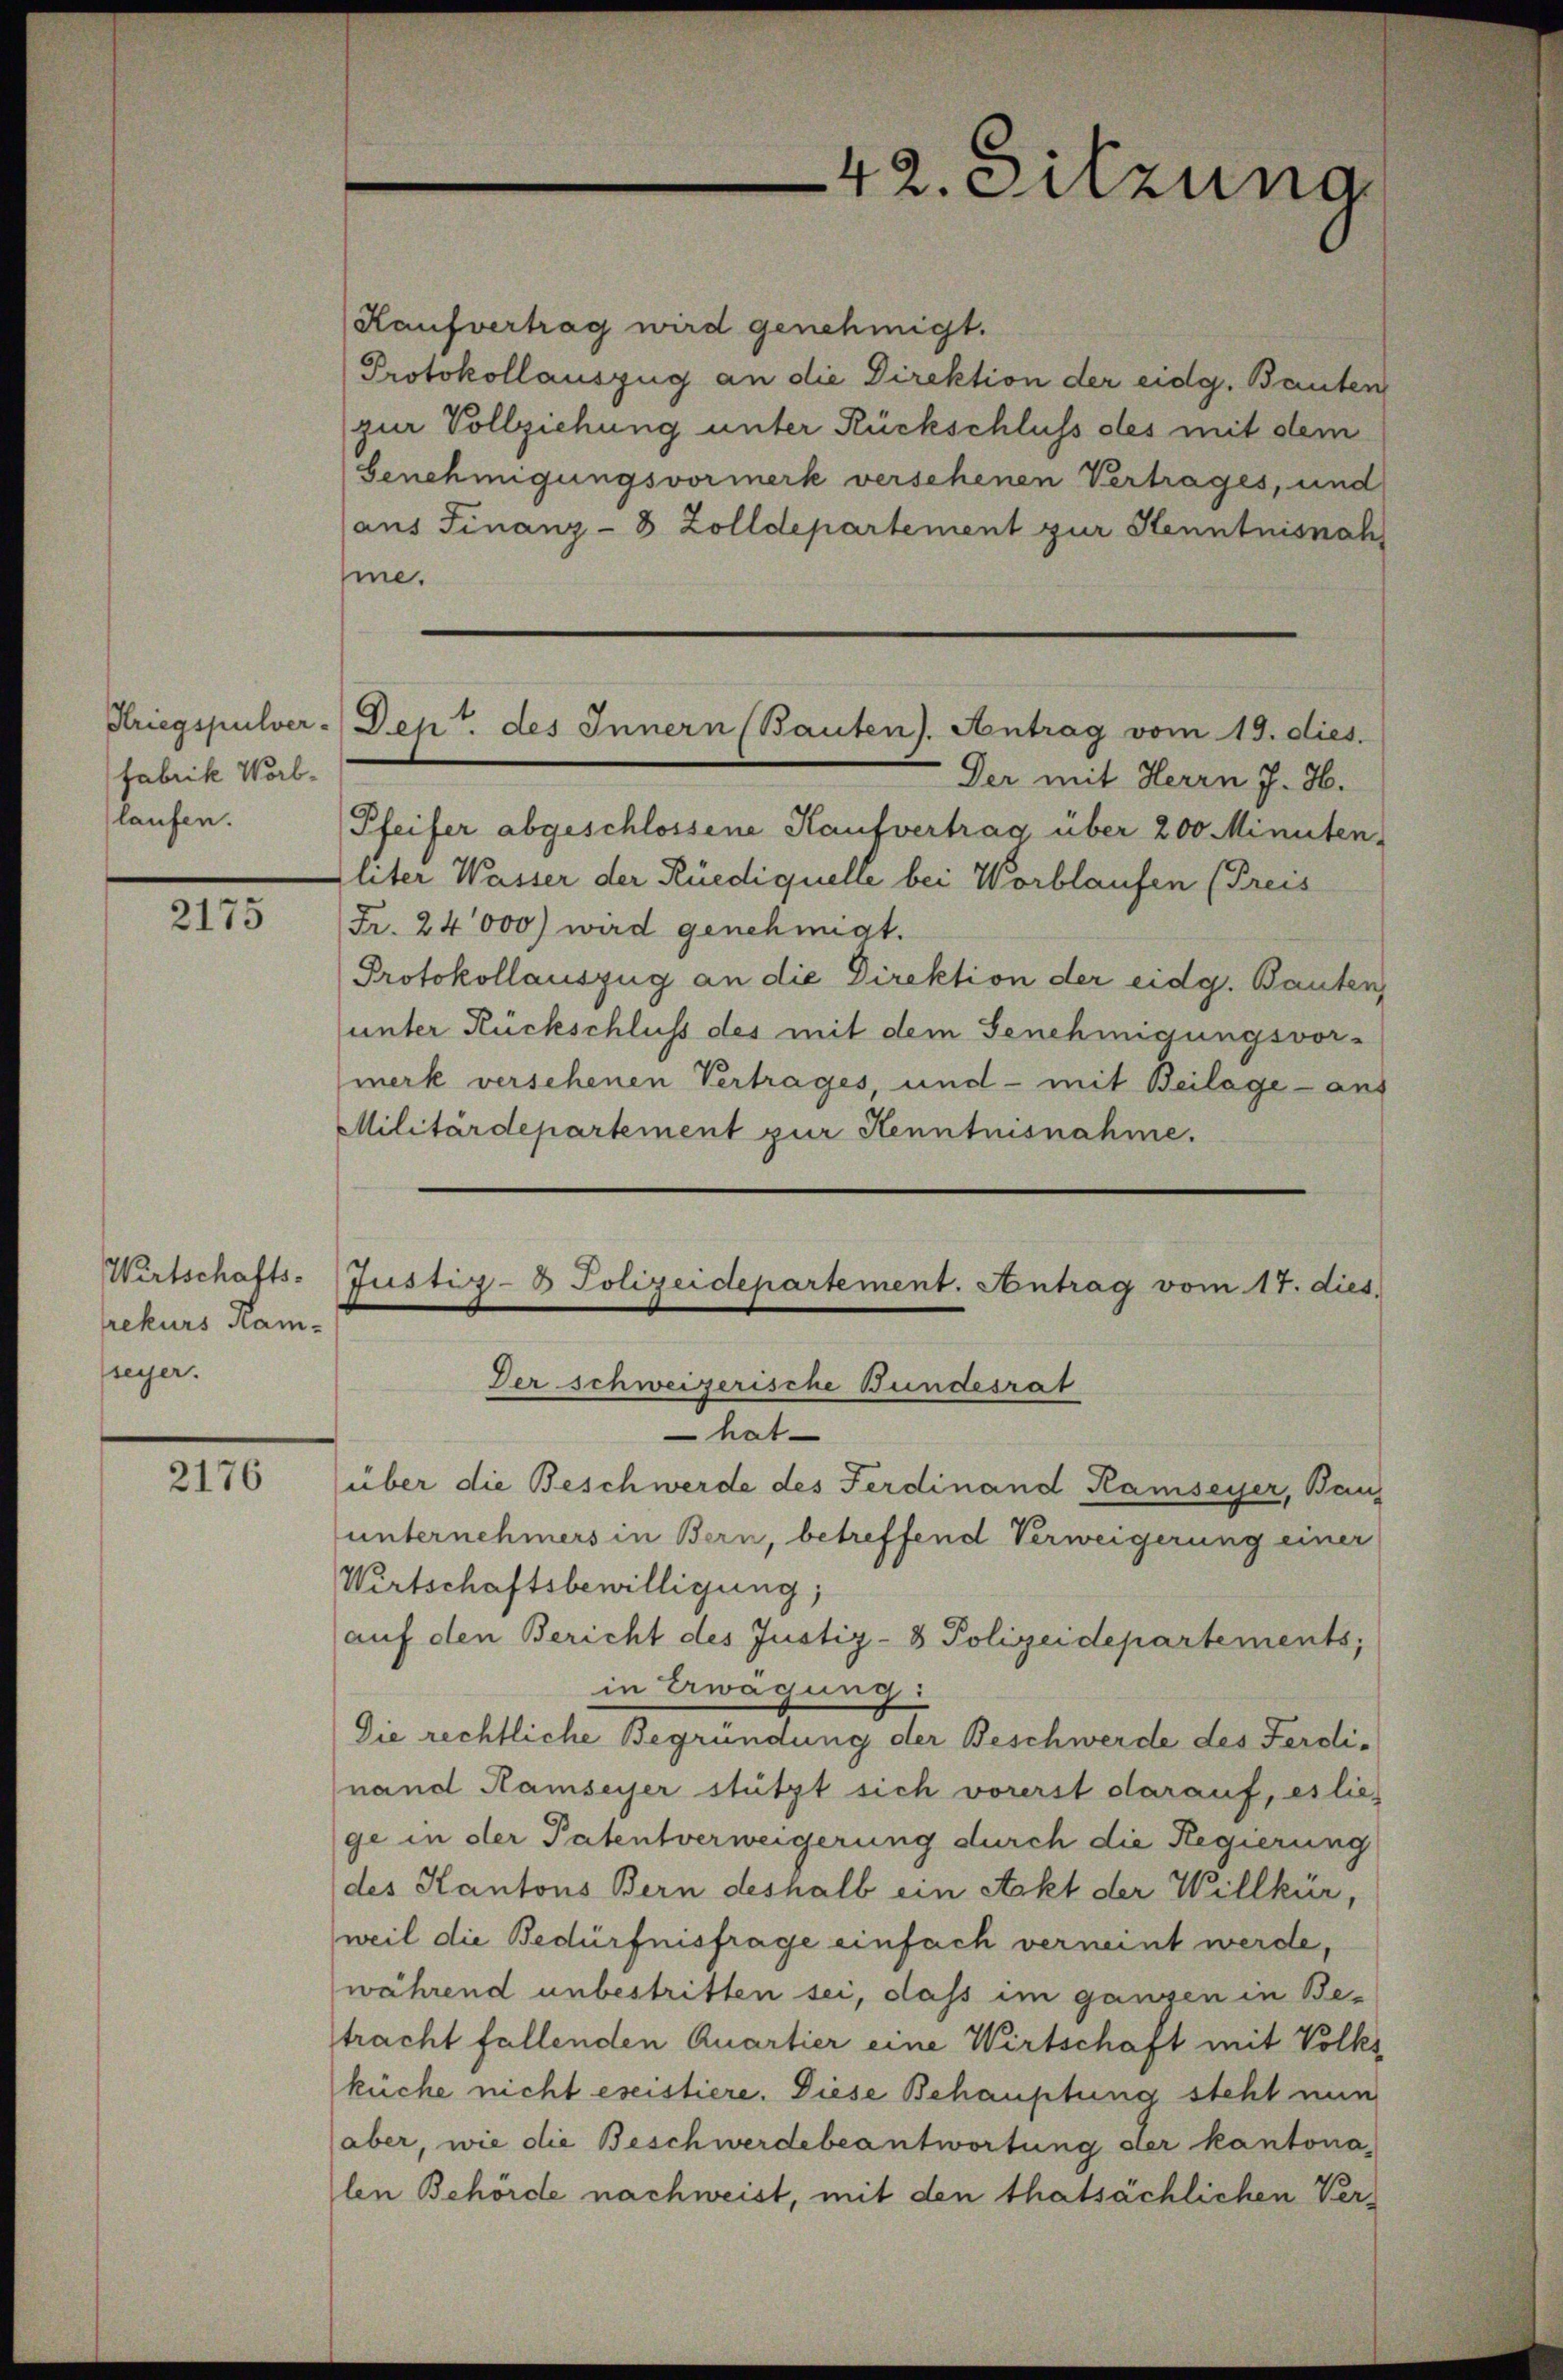
fabrike Worblaufen.

2175

Wirtschafts-
rekurs Kamseyer.

2176

42. Sitzung

Haufvertrag wird genehmigt.
Protokollauszug an die Direktion der eidg. Bauten
zur Vollziehung unter Rückschluss des mit dem
Genehmigungsvormerk versehenen Vertrages, und
aus Finanz-8 Zolldepartement zur Kenntnisnah
hine.
Der mit Herrn J. H.
Pfeifer abgeschlossene Kaufvertrag über 200 Minuten,
Eliter Wasser der Rüediquelle bei Worblaufen (Freis
(Fr. 24,000) wird genehmigt.
Protokollauszug an die Direktion der eidg. Bauten
unter Rückschluss des mit dem Genehmigungsvormerk versehenen Vertrages und - mit Beilage - aus
Militärdepartement zur Kenntnisnahme.
Justiz- & Polizeidepartement. Antrag vom 17. dies
Der schweizerische Bundesrat
hat
über die Beschwerde des Ferdinand Ramseyer, Baus
unternehmers in Bern, betreffend Verweigerung einer
Wirtschaftsbewilligung;
auf den Bericht des Justiz- & Polizeidepartements;
in Erwägung:
Die rechtliche Begründung der Beschwerde des Ferdinand Hamseyer stützt sich vorerst darauf, es lies
ge in der Patentverweigerung durch die Regierung
des Kantons Bern deshalb ein Akt der Willkür,
weil die Bedürfnisfrage einfach verneint werde,
während unbestritten sei, dass im ganzen in Betracht fallenden Quartier eine Wirtschaft mit Volks
küche nicht eseistiere. Diese Behauptung steht nun
aber, wie die Beschwerdebeantwortung der kantona
len Behörde nachweist, mit den thatsächlichen Ver¬

Kriegspulver - Dep. des Innern (Bauten). Antrag vom 19. dies.